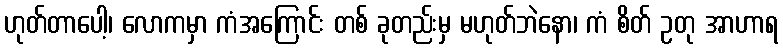
ဟုတ်တာပေါ့၊ လောကမှာ ကံအကြောင်း တစ် ခုတည်းမှ မဟုတ်ဘဲနော၊ ကံ စိတ် ဥတု အာဟာရ